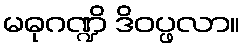
မဓုဂဏ္ဍိ ဒိဝပ္ဖလာ။